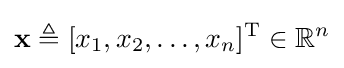
\mathbf {x} \triangleq [x_{1},x_{2},\ldots ,x_{n}]^{\operatorname {T} }\in \mathbb {R} ^{n}